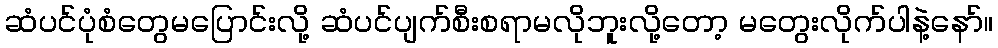
ဆံပင်ပုံစံတွေမပြောင်းလို့ ဆံပင်ပျက်စီးစရာမလိုဘူးလို့တော့ မတွေးလိုက်ပါနဲ့နော်။